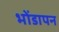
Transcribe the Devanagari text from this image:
भोंडापन